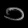
Digit: ၁